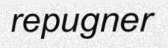
repugner